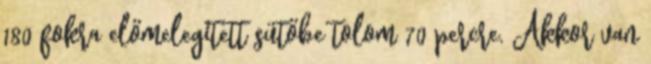
180 fokra előmelegített sütőbe tolom 70 percre. Akkor van